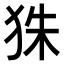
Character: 𤝹